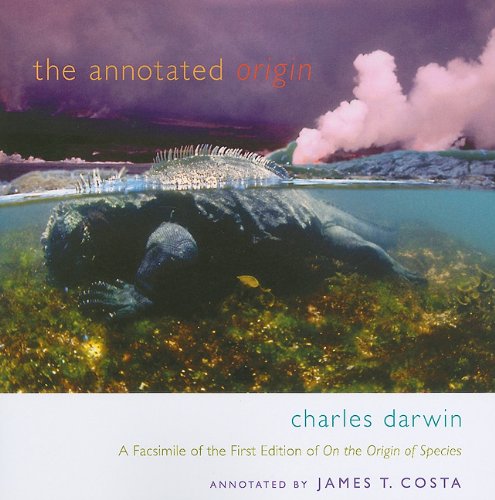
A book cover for The Annotated <i>Origin</i>: A Facsimile of the First Edition of <i>On the Origin of Species</i>; Charles Darwin; Science & Math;